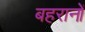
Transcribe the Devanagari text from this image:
बहरानों